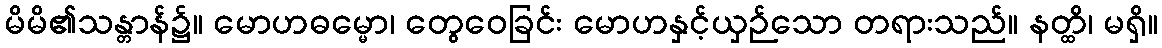
မိမိ၏သန္တာန်၌။ မောဟဓမ္မော၊ တွေဝေခြင်း မောဟနှင့်ယှဉ်သော တရားသည်။ နတ္ထိ၊ မရှိ။